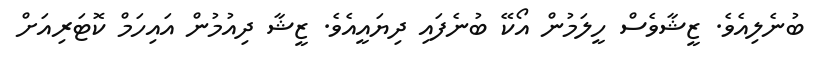
ބުނެލިއެވެ. ޒީޝާވެސް ހީލަމުން އޯކޭ ބުނެފައި ދިޔައީއެވެ. ޒީޝާ ދިއުމުން އައިހަމް ކޮޓަރިއަށް